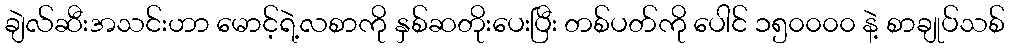
ချဲလ်ဆီးအသင်းဟာ မောင့်ရဲ့လစာကို နှစ်ဆတိုးပေးပြီး တစ်ပတ်ကို ပေါင် ၁၅၀၀၀၀ နဲ့ စာချုပ်သစ်